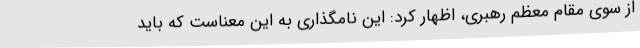
از سوی مقام معظم رهبری، اظهار کرد: این نامگذاری به این معناست که باید